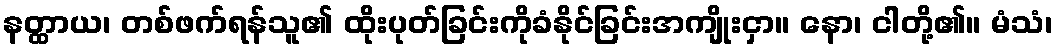
နတ္ထာယ၊ တစ်ဖက်ရန်သူ၏ ထိုးပုတ်ခြင်းကိုခံနိုင်ခြင်းအကျိုးငှာ။ နော၊ ငါတို့၏။ မံသံ၊